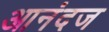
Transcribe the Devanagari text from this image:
आनंदज